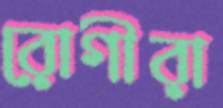
রোগীরা